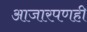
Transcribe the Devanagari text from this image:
आजारपणही